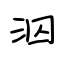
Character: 泅